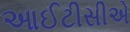
આઈટીસીએ